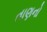
તાણનો